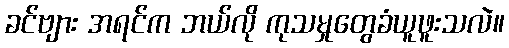
ခင်ဗျား အရင်က ဘယ်လို ကုသမှုတွေခံယူဖူးသလဲ။